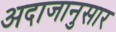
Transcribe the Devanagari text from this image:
अदाजानुसार